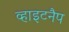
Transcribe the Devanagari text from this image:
व्हाइटनैप